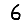
Digit: 6